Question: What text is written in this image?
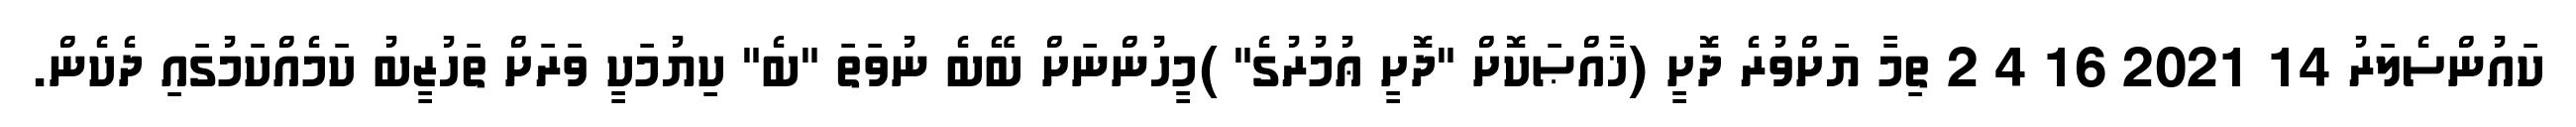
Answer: ކައުންސެލަރު 14 2021 16 4 2 ތިމާ ޔަށްވުރެ ދޮށީ (ޚާއްޞަކޮށް "ދޮށީ ޢުމުރުގެ" )މީހުންނަށް ބޭބެ ނުވަތަ "ބެ" ކިޔުމަކީ ވަރަށް ތަހުޒީބު ކަމެއްކަމުގައި ދެކެން.